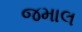
જમાલ